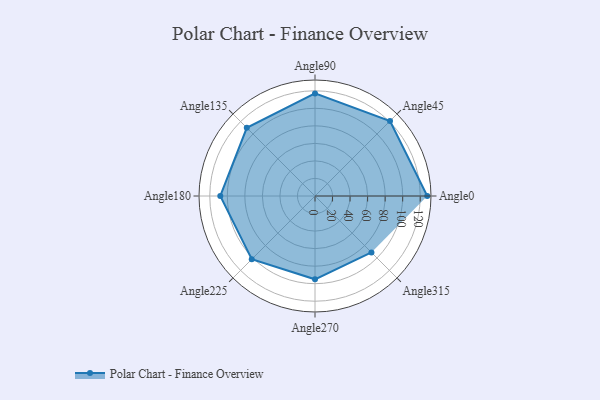
{"axis": {"x": "Angle", "y": "Radius"}, "legend": [""], "data": [{"x": "Angle0", "y": 128.0, "type": ""}, {"x": "Angle45", "y": 121.0, "type": ""}, {"x": "Angle90", "y": 117.0, "type": ""}, {"x": "Angle135", "y": 110.0, "type": ""}, {"x": "Angle180", "y": 108.0, "type": ""}, {"x": "Angle225", "y": 102.0, "type": ""}, {"x": "Angle270", "y": 95.0, "type": ""}, {"x": "Angle315", "y": 91.0, "type": ""}]}